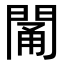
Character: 𨴭